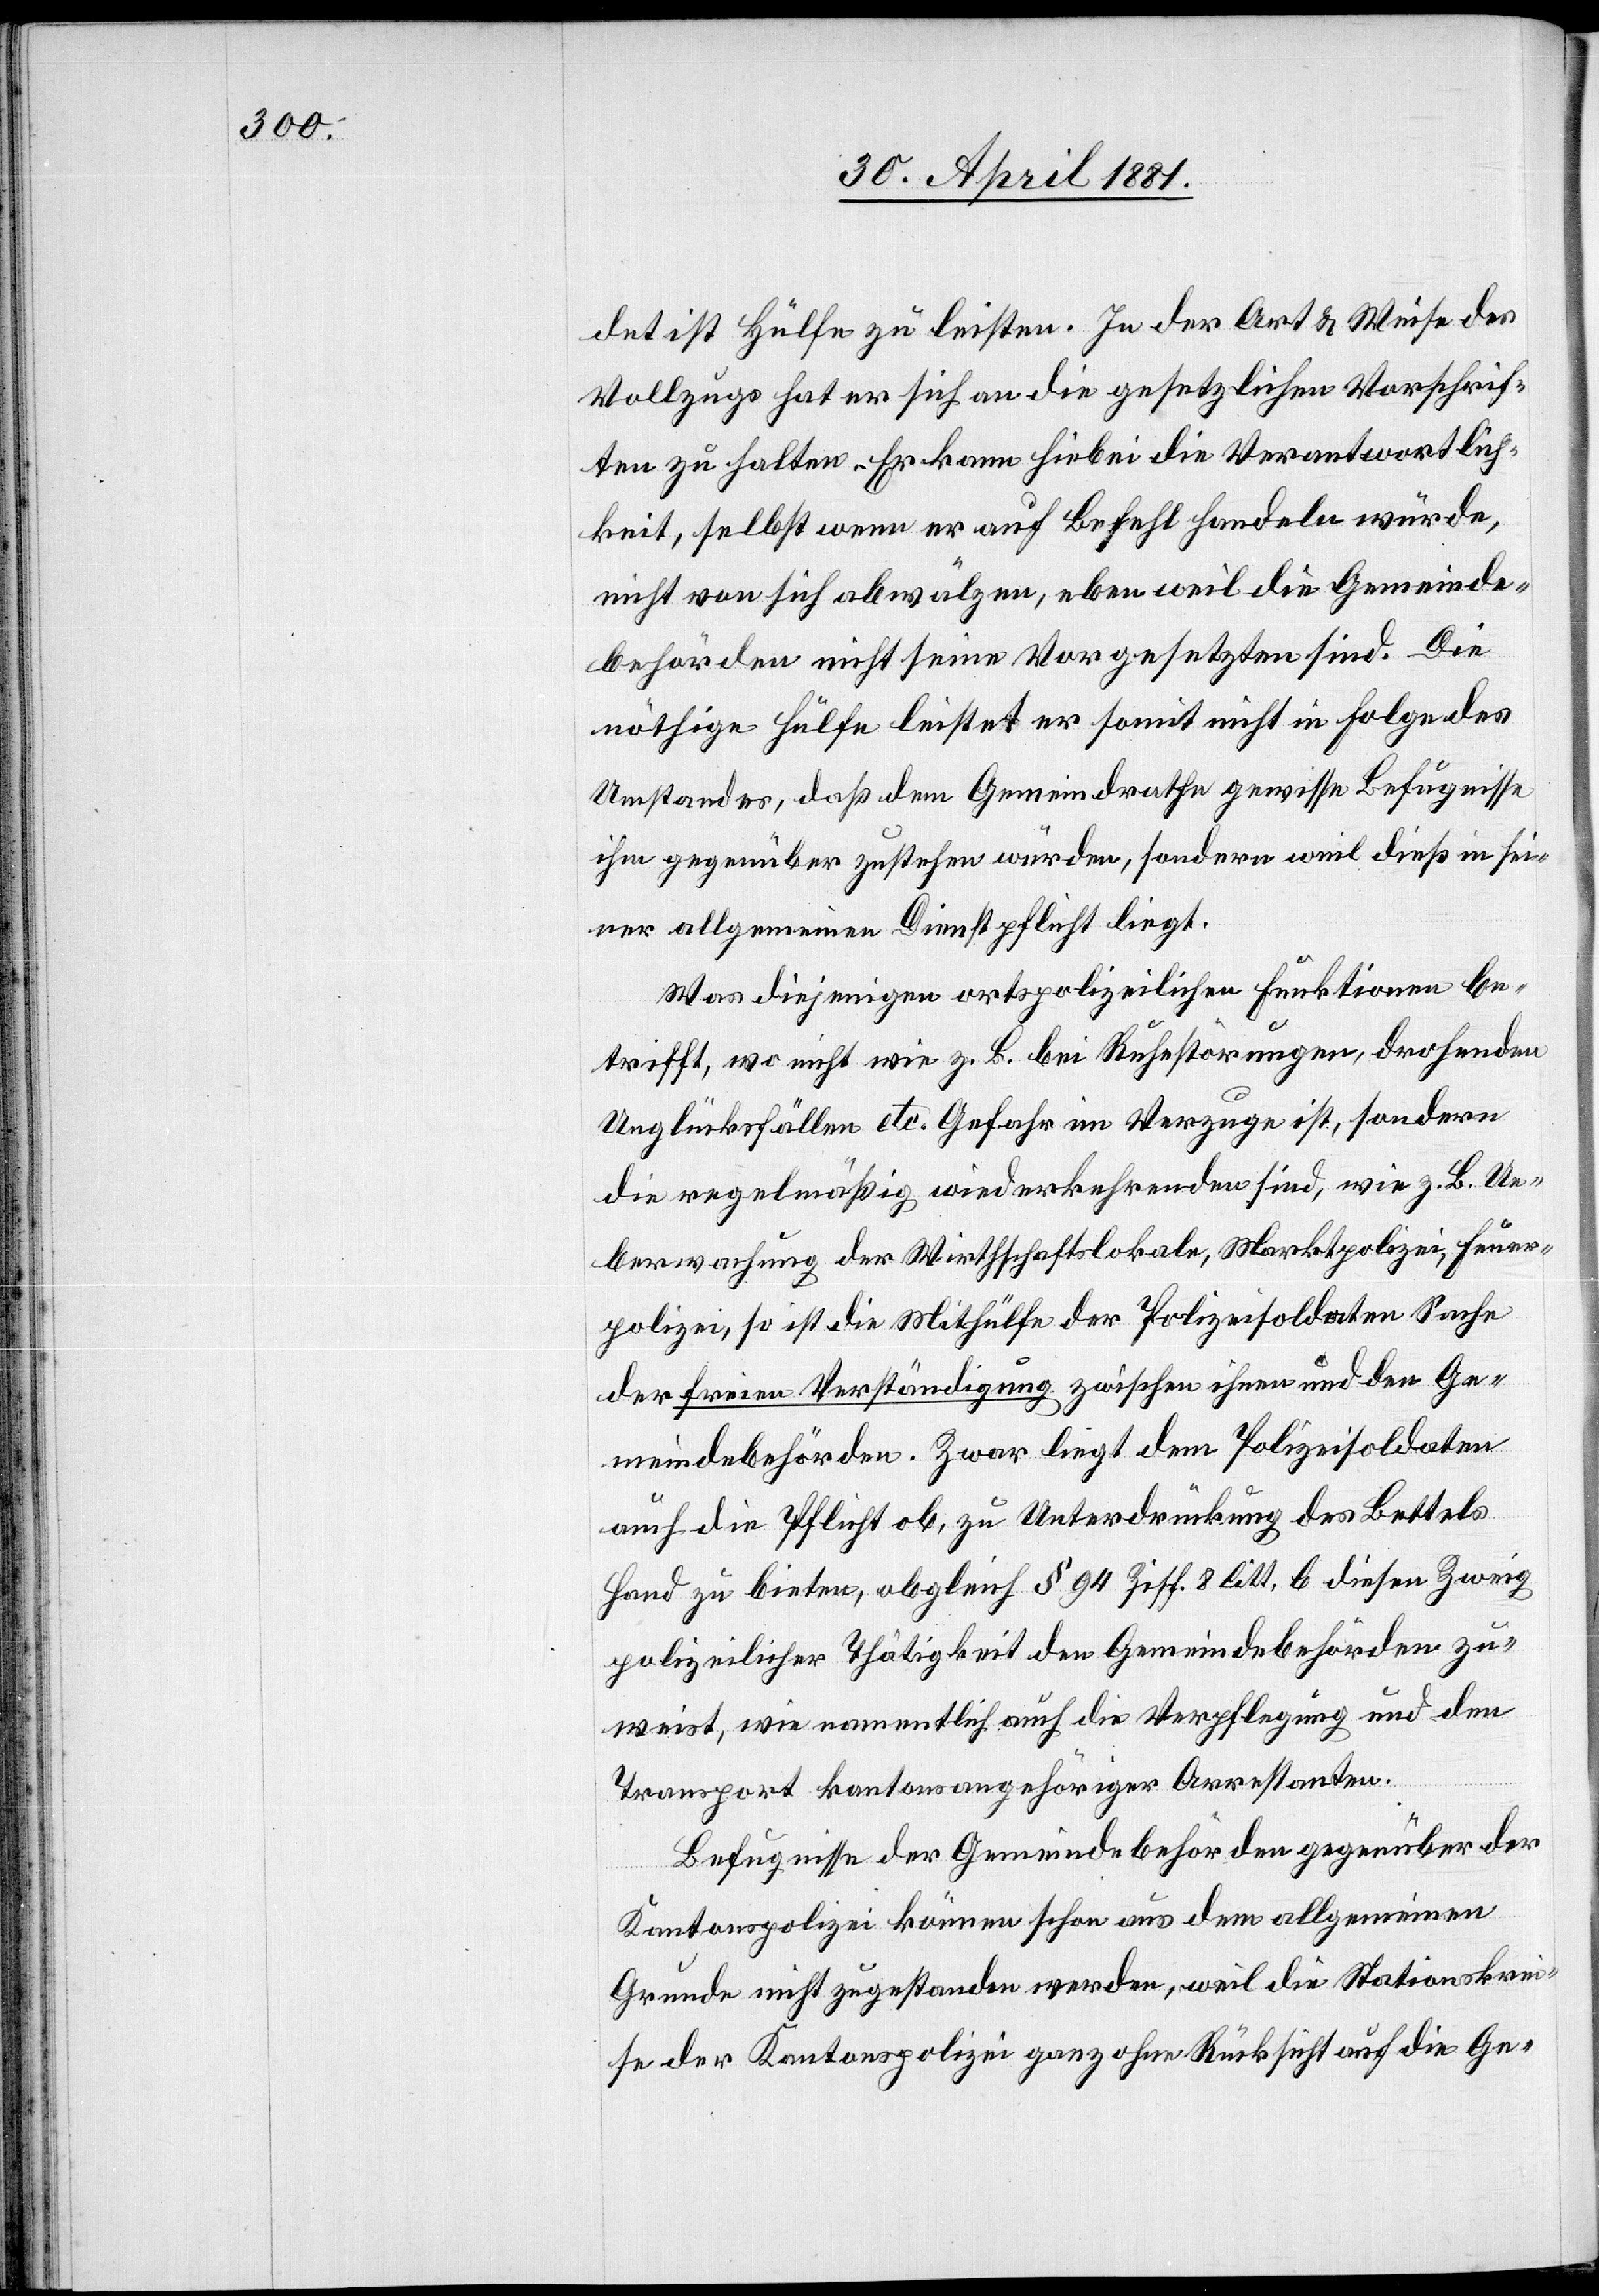
det ist Hülfe zu leisten. In der Art & Weise des
Vollzugs hat er sich an die gesetzlichen Vorschrif¬
ten zu halten. Er kann hiebei die Verantwortlich¬
keit, selbst wenn er auf Befehl handeln würde,
nicht von sich abwälzen, eben weil die Gemeinde¬
behörden nicht seine Vorgesetzten sind. Die
nöthige Hülfe leistet er somit nicht in Folge des
Umstandes daß dem Gemeindrathe gewisse Befugnisse
ihm gegenüber zustehen würden, sondern weil dieß in sei¬
ner allgemeinen Dienstpflicht liegt.
Was diejenigen ortspolizeilichen Funktionen be¬
trifft, wo nicht wie z. B. bei Ruhestörungen, drohenden
Unglücksfällen etc. Gefahr im Verzuge ist, sondern
die regelmäßig wiederkehrenden sind, wie z. B. Ue¬
berwachung der Wirthschaftslokale, Marktpolizei, Feuer¬
polizei, so ist die Mithülfe der Polizeisoldaten Sache
der freien Verständigung zwischen ihnen und den Ge¬
meindebehörden. Zwar liegt dem Polizeisoldaten
auch die Pflicht ob, zu Unterdrückung des Bettels
Hand zu bieten, obgleich § 94 Ziff. 8 litt. b diesen Zweig
polizeilicher Thätigkeit den Gemeindebehörden zu¬
weist, wie namentlich auch die Verpflegung und den
Transport kantonsangehöriger Arrestanten.
Befugnisse der Gemeindebehörden gegenüber der
Kantonspolizei können schon aus dem allgemeinen
Grunde nicht zugestanden werden, weil die Stationskrei¬
se der Kantonspolizei ganz ohne Rücksicht auf die Ge-